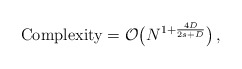
\begin{align*}\mathrm{Complexity}=\mathcal O\big(N^{1+\frac {4D}{2s+D}}\big)\,,\end{align*}